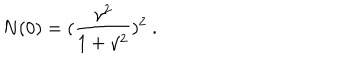
LaTeX: N ( 0 ) = ( \frac { \gamma ^ { 2 } } { 1 + \gamma ^ { 2 } } ) ^ { 2 } \ .